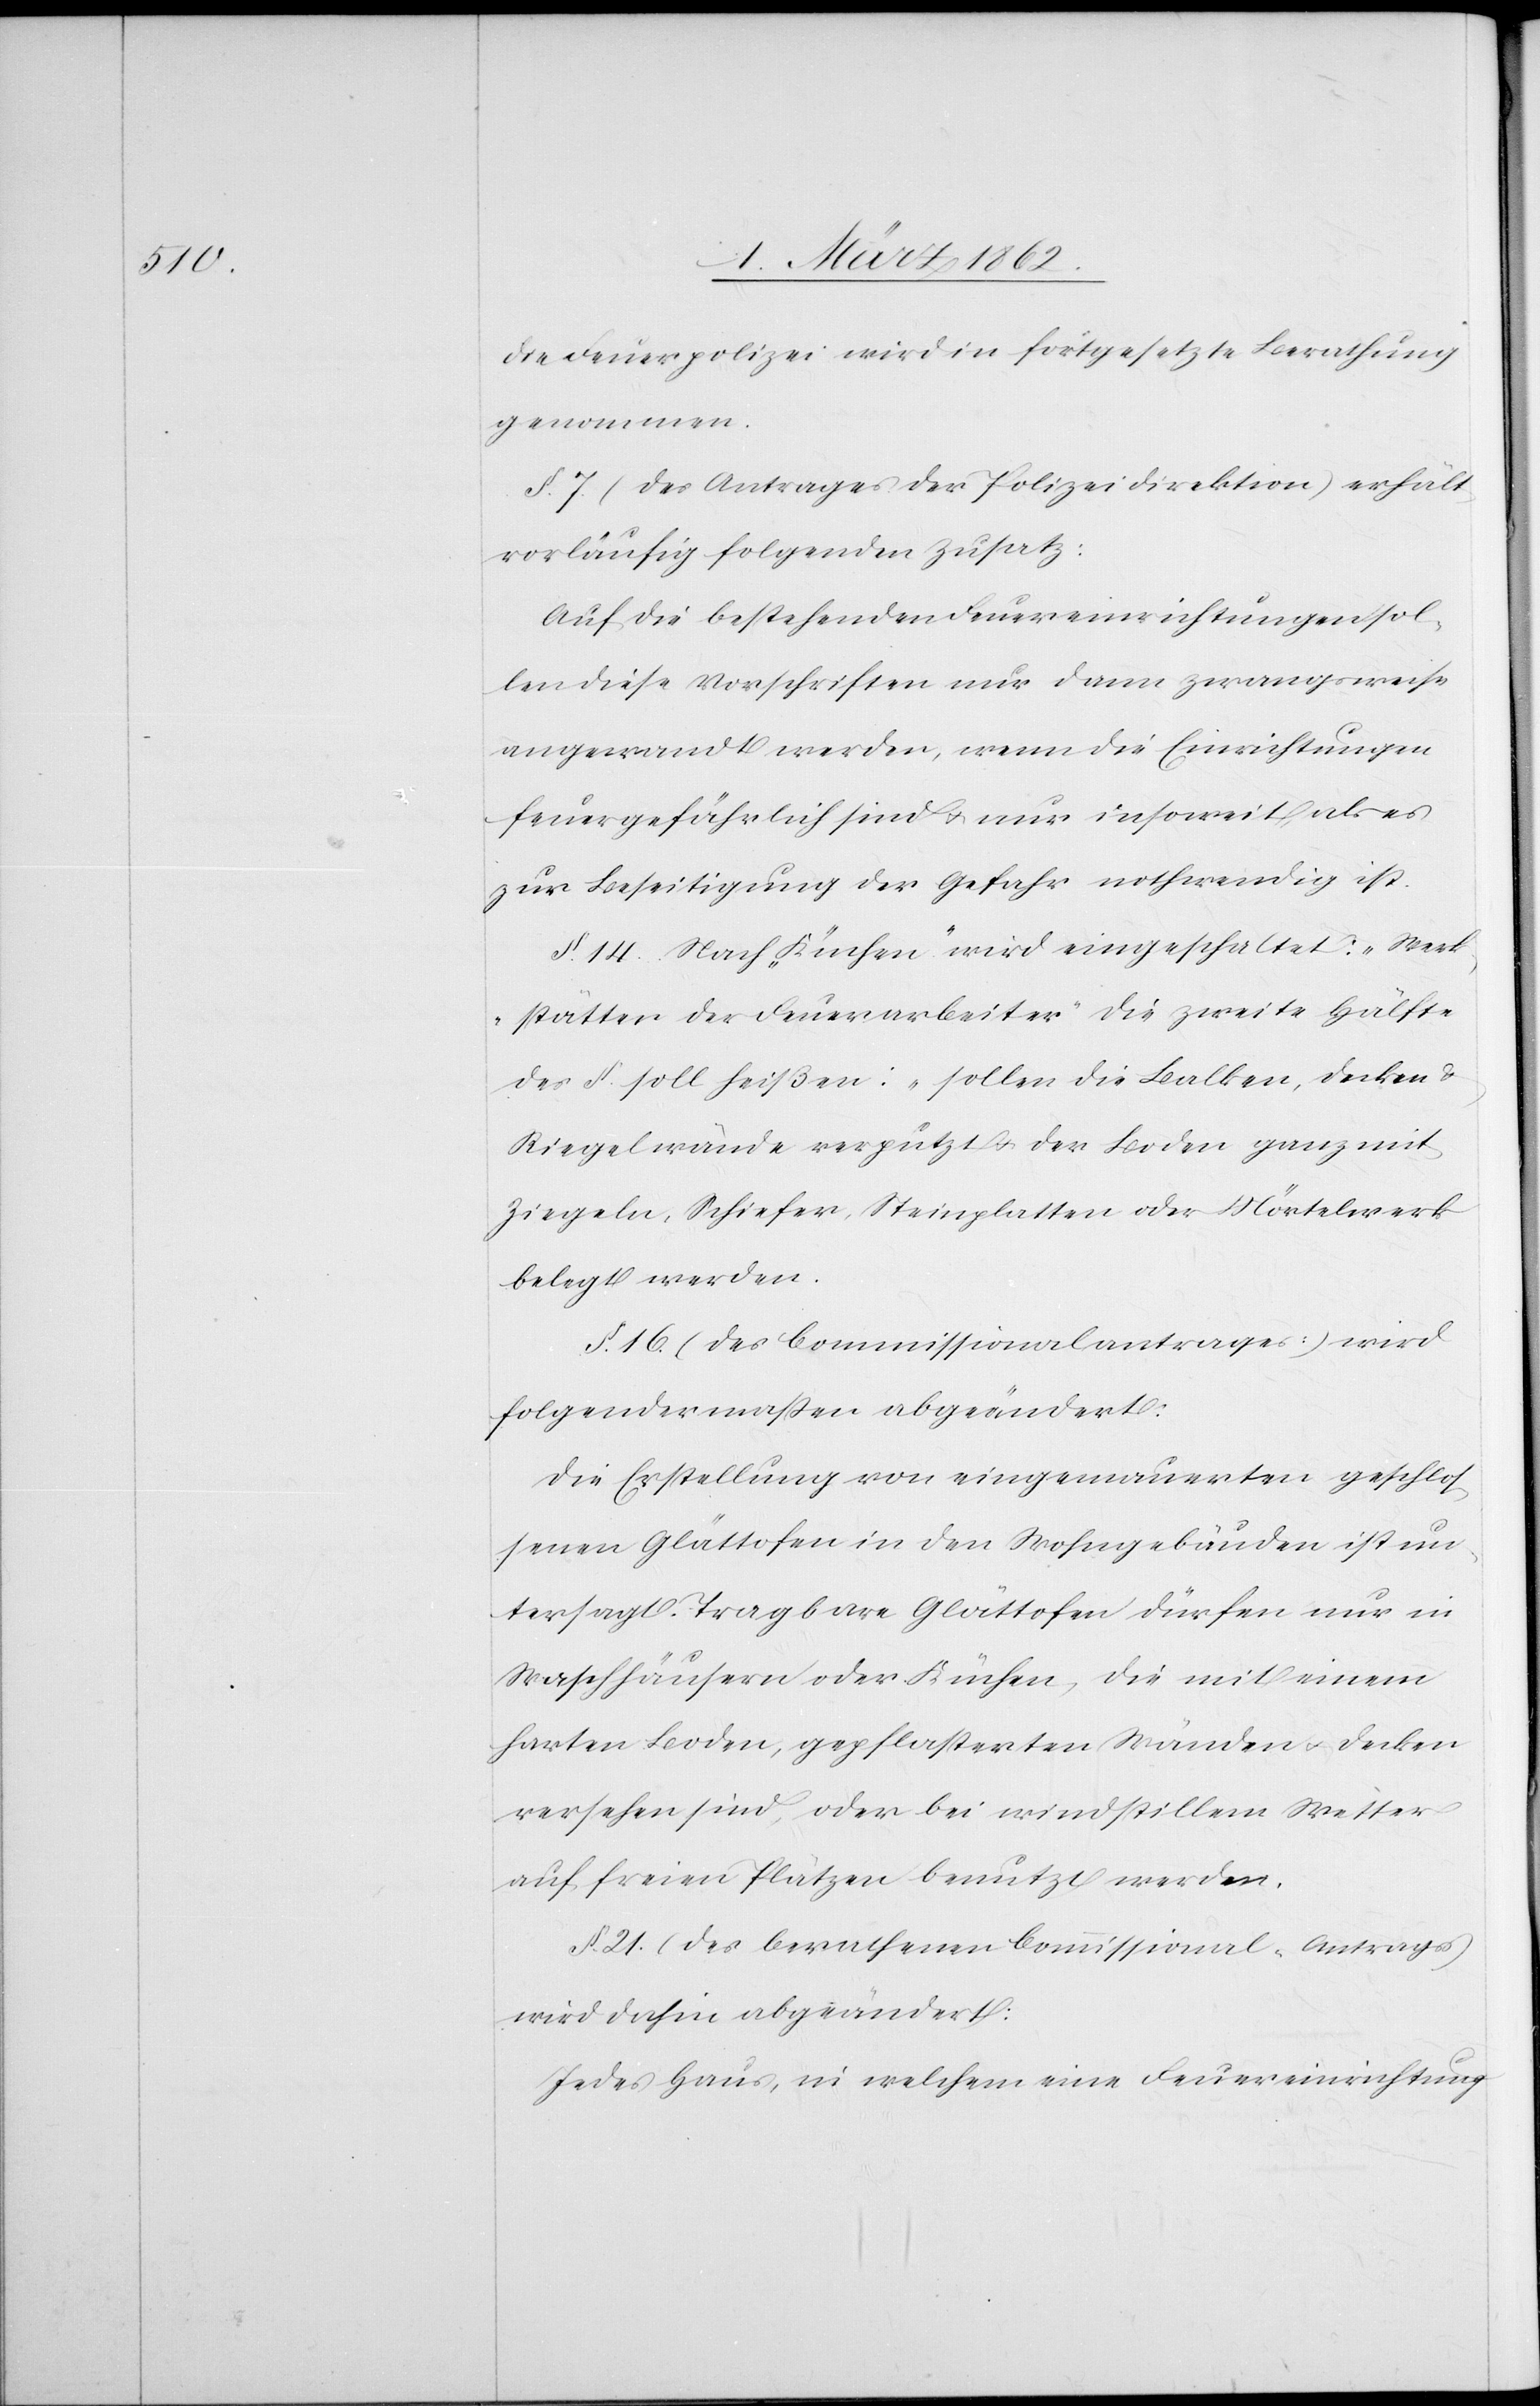
die Feuerpolizei wird in fortgesetzte Berathung
genommen.
§. 7. (des Antrages der Polizeidirektion) erhält
vorläufig folgenden Zusatz:
Auf die bestehenden Feuereinrichtungen sol¬
len diese Vorschriften nur dann zwangsweise
angewandt werden, wenn die Einrichtungen
feuergefährlich sind u. nur insoweit, als es
zur Beseitigung der Gefahr nothwendig ist.
§. 14. Nach „Küchen“ wird eingeschaltet: „Werk¬
stätten der Feuerarbeiter“ die zweite Hälfte
des §. soll heißen: „sollen die Balken, Decken &
Riegelwände verputzt u. der Boden ganz mit
Ziegeln, Schiefer, Steinplatten oder Mörtelwerk
belegt werden.“
§. 16. (des Commissionalantrages:) wird
folgendermaßen abgeändert:
Die Erstellung von eingemauerten geschlos¬
senen Glättofen in den Wohngebäuden ist un¬
tersagt. Tragbare Glättofen dürfen nur in
Waschhäusern oder Küchen, die mit einem
harten Boden, gepflasterten Wänden u. Decken
versehen sind, oder bei windstillem Wetter
auf freien Plätzen benutzt werden.
§. 21 (des berathenen Commissional-Antrags)
wird dahin abgeändert:
Jedes Haus, in welchem eine Feuereinrichtung